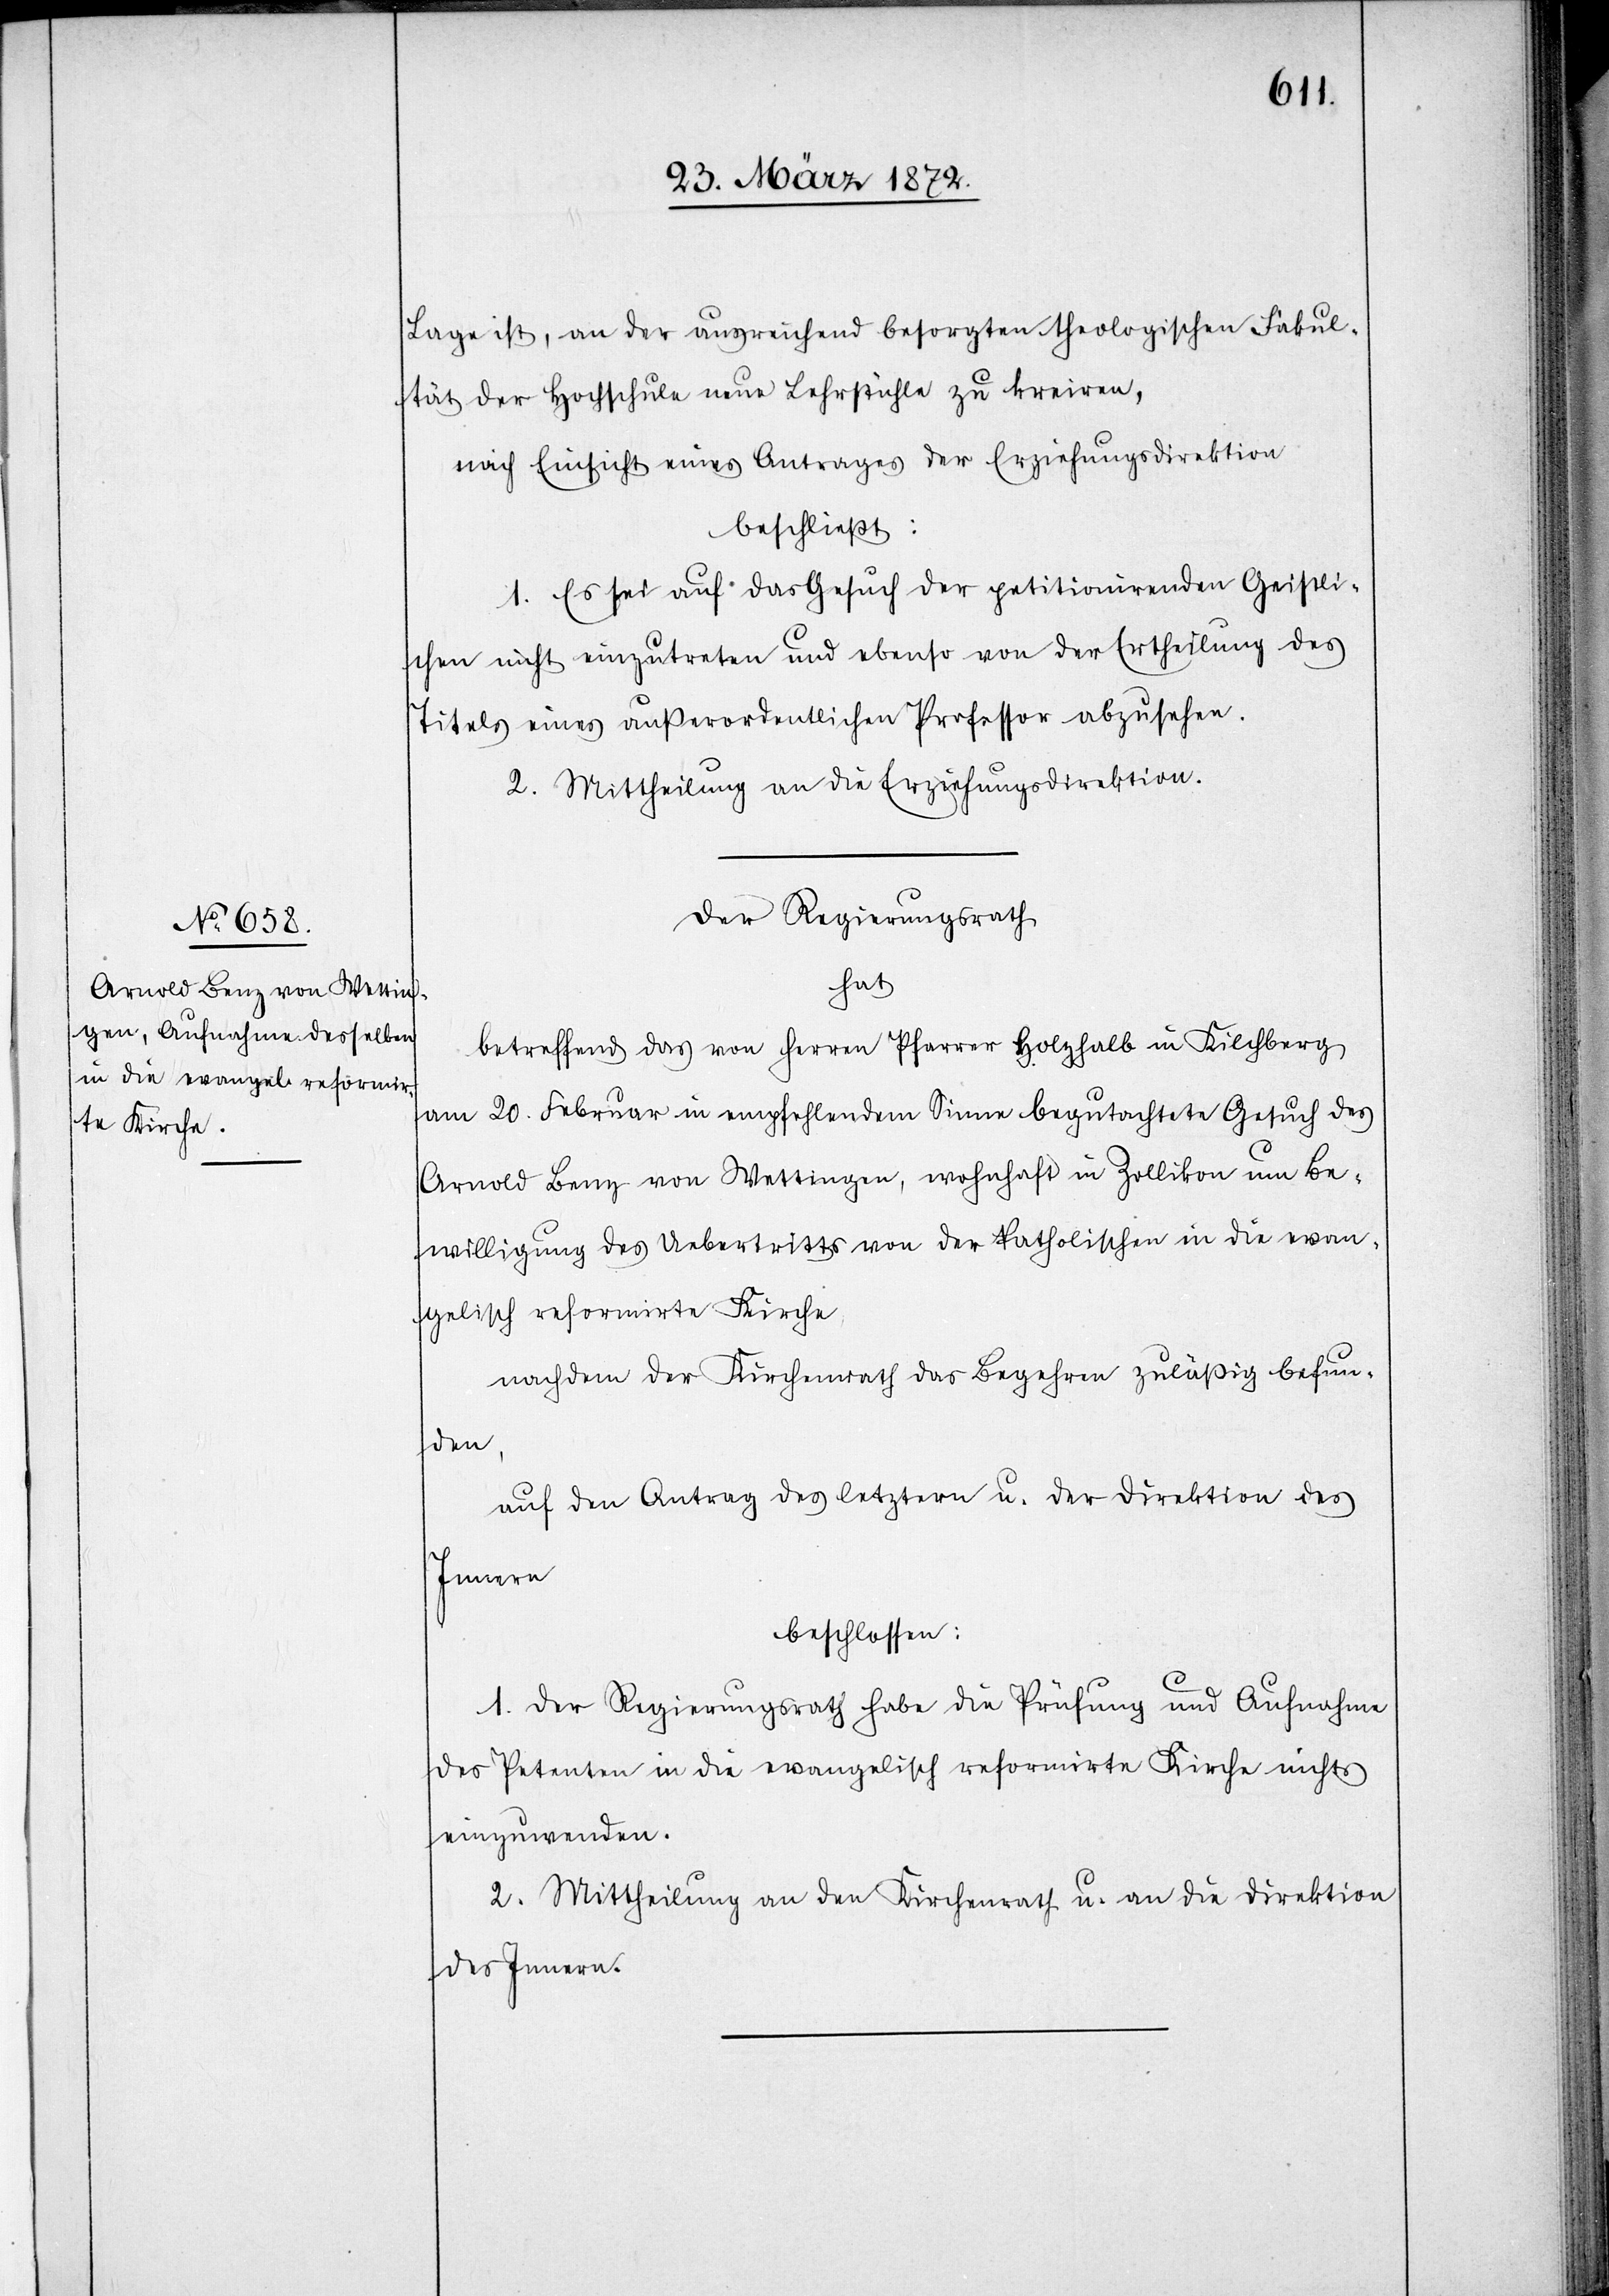
Lage ist, an der ausreichend besorgten theologischen Fakul¬
tät der Hochschule neue Lehrstühle zu kreiren,
nach Einsicht eines Antrages der Erziehungsdirektion
beschließt:
1. Es sei auf das Gesuch der petitionirenden Geistli¬
chen nicht einzutreten und ebenso von der Ertheilung des
Titels eines außerordentlichen Professor abzusehen.
2. Mittheilung an die Erziehungsdirektion.
Der Regierungsrath
habe
betreffend das von Herren Pfarrer Holzhalb in Kilchberg
am 20. Februar in empfehlendem Sinne begutachtete Gesuche des
Arnold Benz von Wettingen, wohnhaft in Zollikon um Be¬
willigung des Uebertritts von der katholischen in die evan¬
gelisch[-]reformirte Kirche,
nachdem der Kirchenrath das Begehren zuläßig befun¬
den,
auf den Antrag des letztern u. der Direktion des
Innern
beschlossen:
des Petenten in die evangelisch[-]reformirte Kirche nichts
einzuwenden.
2. Mittheilung an den Kirchenrath u. an die Direktion
des Innern.